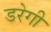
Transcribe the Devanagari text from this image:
डरेगी